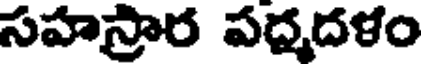
సహస్రార పద్మదళం